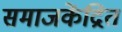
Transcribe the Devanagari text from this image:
समाजकेंद्रित